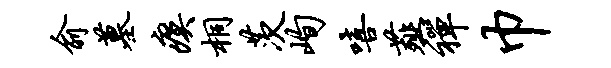
俞墓瘼桐茨峋嘻薤禅巾